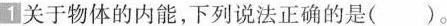
1关于物体的内能，下列说法正确的是()。